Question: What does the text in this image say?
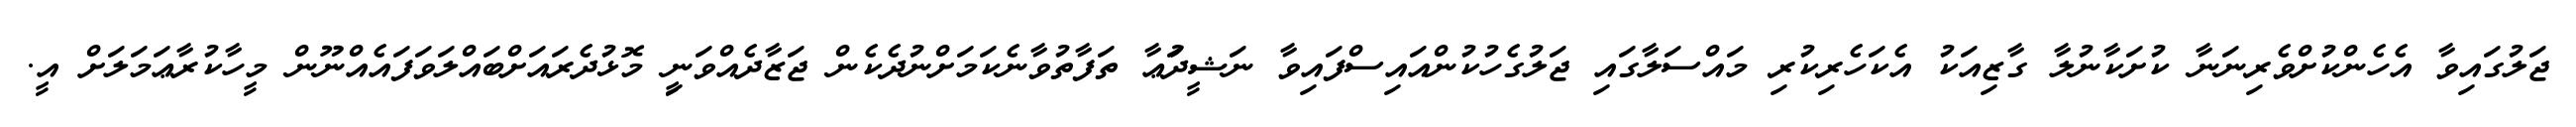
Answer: ޖަލުގައިވާ އެހެންކުށްވެރިނަނާ ކުށަކާނުލާ ގާޒިއަކު އެކަހެރިކުރި މައްސަލާގައި ޖަލުގެހުކުންއައިސްފައިވާ ނަޝީދުަޢާ ތަފާތުވާނެކަމަށްނުދެކެން ޖަޒާދެއްވަނިީ މޮޅުދެރައަށްބައްލަވަފައެއްނޫން މީހާކުރާޢަމަލަށް އީ.